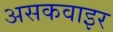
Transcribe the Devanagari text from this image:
असकवाइर